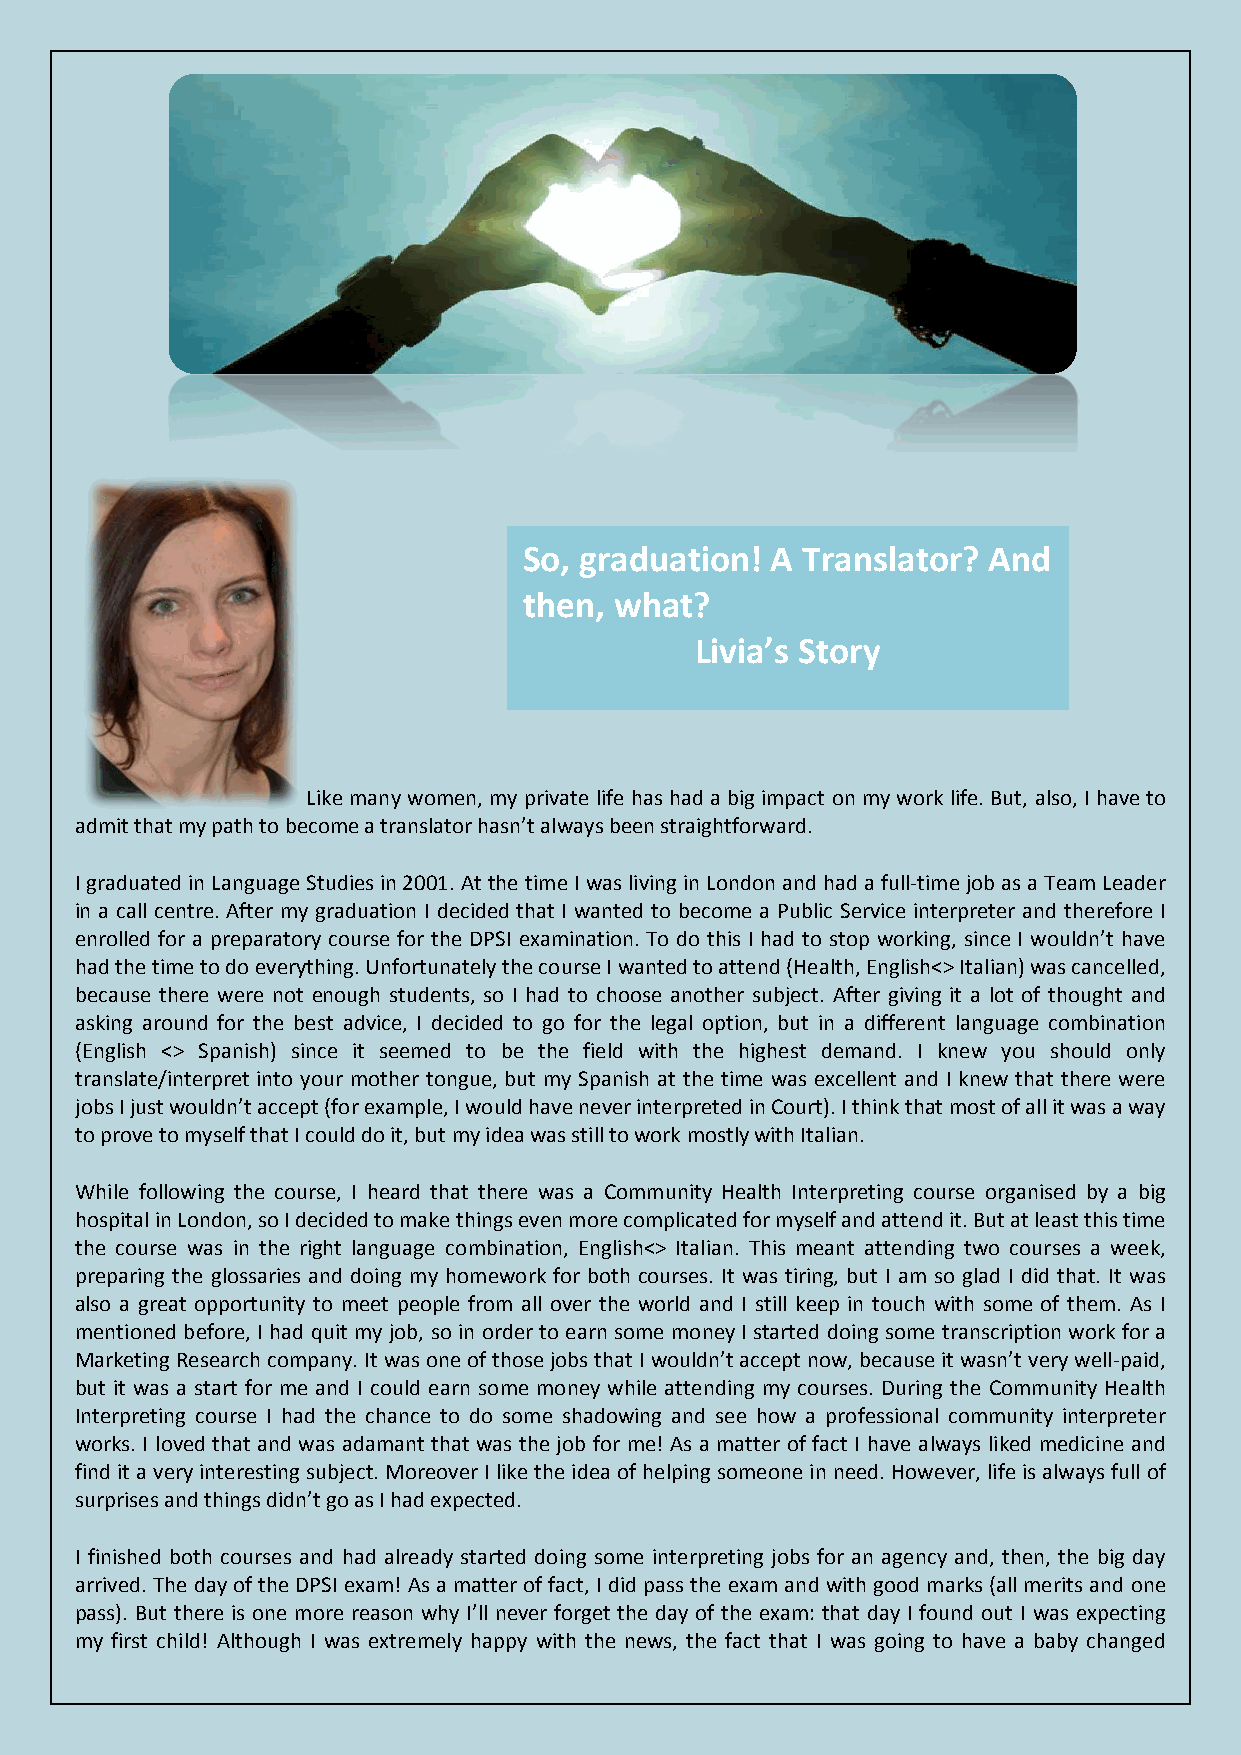
So, graduation! A Translator? And
 then, what?
 Livia’s Story
 Like many women, my private life has had a big impact on my work life. But, also, I have to
 admit that my path to become a translator hasn’t always been straightforward.
 I graduated in Language Studies in 2001. At the time I was living in London and had a full-time job as a Team Leader
 in a call centre. After my graduation I decided that I wanted to become a Public Service interpreter and therefore I
 enrolled for a preparatory course for the DPSI examination. To do this I had to stop working, since I wouldn’t have
 had the time to do everything. Unfortunately the course I wanted to attend (Health, English<> Italian) was cancelled,
 because there were not enough students, so I had to choose another subject. After giving it a lot of thought and
 asking around for the best advice, I decided to go for the legal option, but in a different language combination
 (English <> Spanish) since it seemed to be the field with the highest demand. I knew you should only
 translate/interpret into your mother tongue, but my Spanish at the time was excellent and I knew that there were
 jobs I just wouldn’t accept (for example, I would have never interpreted in Court). I think that most of all it was a way
 to prove to myself that I could do it, but my idea was still to work mostly with Italian.
 While following the course, I heard that there was a Community Health Interpreting course organised by a big
 hospital in London, so I decided to make things even more complicated for myself and attend it. But at least this time
 the course was in the right language combination, English<> Italian. This meant attending two courses a week,
 preparing the glossaries and doing my homework for both courses. It was tiring, but I am so glad I did that. It was
 also a great opportunity to meet people from all over the world and I still keep in touch with some of them. As I
 mentioned before, I had quit my job, so in order to earn some money I started doing some transcription work for a
 Marketing Research company. It was one of those jobs that I wouldn’t accept now, because it wasn’t very well-paid,
 but it was a start for me and I could earn some money while attending my courses. During the Community Health
 Interpreting course I had the chance to do some shadowing and see how a professional community interpreter
 works. I loved that and was adamant that was the job for me! As a matter of fact I have always liked medicine and
 find it a very interesting subject. Moreover I like the idea of helping someone in need. However, life is always full of
 surprises and things didn’t go as I had expected.
 I finished both courses and had already started doing some interpreting jobs for an agency and, then, the big day
 arrived. The day of the DPSI exam! As a matter of fact, I did pass the exam and with good marks (all merits and one
 pass). But there is one more reason why I’ll never forget the day of the exam: that day I found out I was expecting
 my first child! Although I was extremely happy with the news, the fact that I was going to have a baby changed